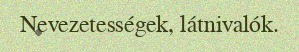
Nevezetességek, látnivalók.